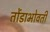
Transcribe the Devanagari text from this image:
तोंडाभोवती